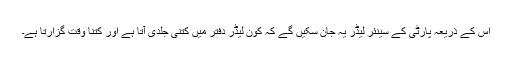
اس کے ذریعہ پارٹی کے سینئر لیڈر یہ جان سکیں گے کہ کون لیڈر دفتر میں کتنی جلدی آتا ہے اور کتنا وقت گزارتا ہے۔